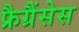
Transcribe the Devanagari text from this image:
फ्रैग्रैंसेस